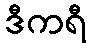
ဒီကရီ